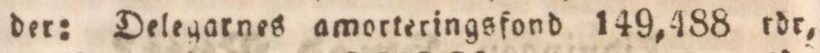
der: Delegarnes amorteringsfond 149,488 rdr,